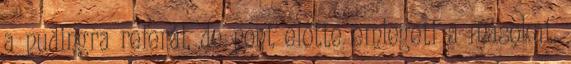
a pudingra referál, de pont előtte emlegeti a másokat.